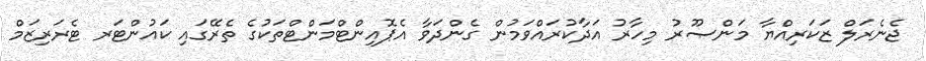
ޖެނެރަލް ޒަކަރިއްޔާ މަންޞޫރު މިހާރު އަދާކުރައްވަމުން ގެންދަވާ އެޕޮއިންޓްމަންޓްތަކުގެ ތެރޭގައި ކައުންޓަރ ޓެރަރިޒަމް